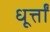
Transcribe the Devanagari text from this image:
धूर्त्तों